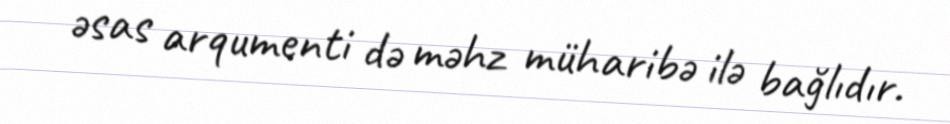
əsas arqumenti də məhz müharibə ilə bağlıdır.